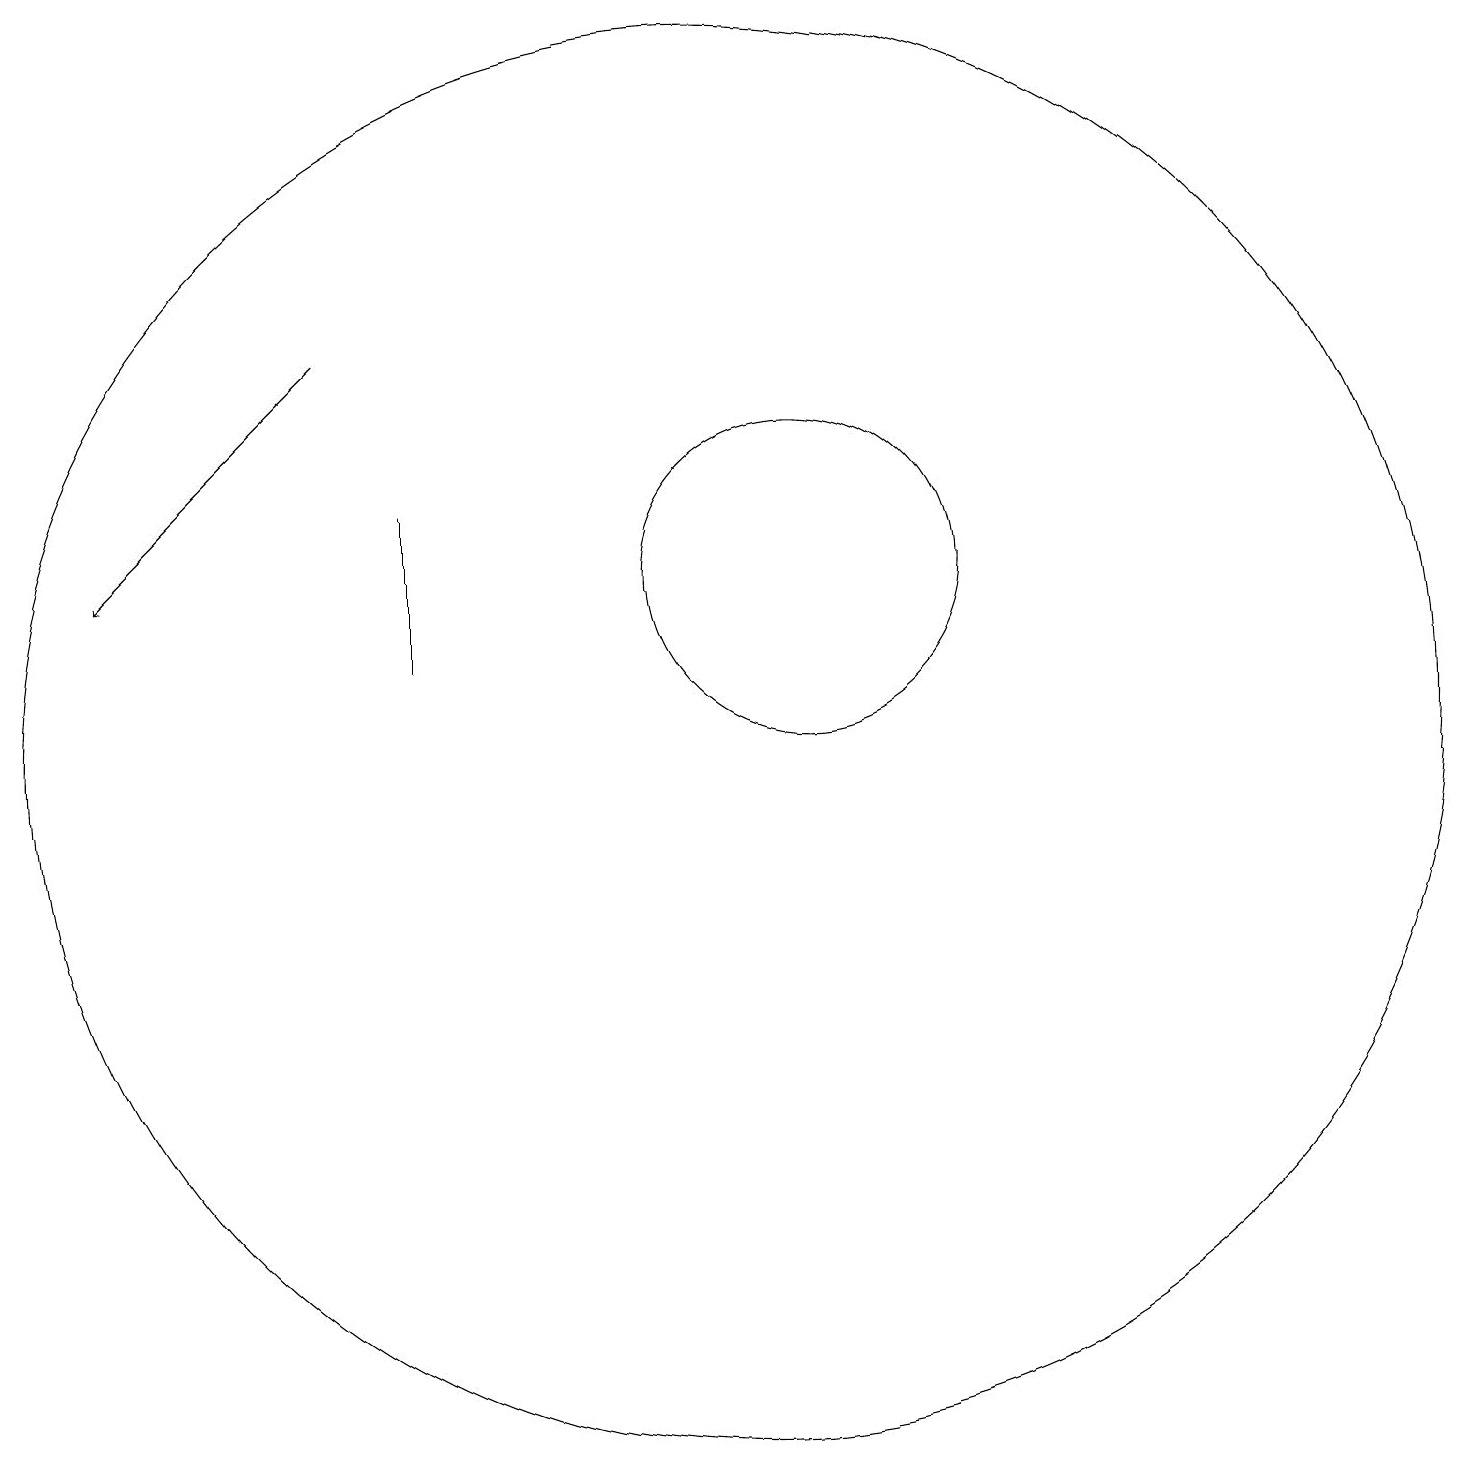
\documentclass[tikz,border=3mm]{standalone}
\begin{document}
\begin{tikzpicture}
\draw (11,10) circle (9);
\draw (12,12) circle (2);
\draw[->] (6,15) -- (3,12);
\draw (7,13) rectangle (7,11);
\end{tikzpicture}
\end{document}